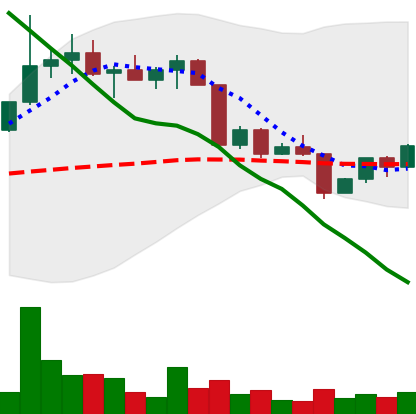
Ticker: EOS-USD
Chart end date: 2022-04-15
Forward return: 14.196%
Label: up_7plus